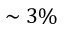
\sim 3 \%